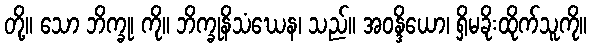
တို့။ သော ဘိက္ခု၊ ကို။ ဘိက္ခုနိသံဃေန၊ သည်။ အဝန္ဒိယော၊ ရှိမခိုးထိုက်သူကို။